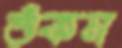
শুঁকন